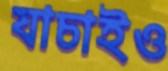
যাচাইও